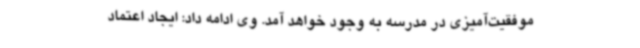
موفقیت‌آمیزی در مدرسه به وجود خواهد آمد. وی ادامه داد: ایجاد اعتماد